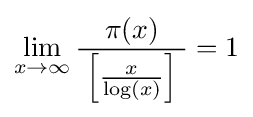
\lim _{x\to \infty }{\frac {\;\pi (x)\;}{\;\left[{\frac {x}{\log(x)}}\right]\;}}=1